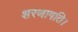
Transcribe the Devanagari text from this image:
शरणागति।